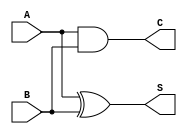
module current_mode_half_adder (
    input  wire A,  // Input current signal A
    input  wire B,  // Input current signal B
    output wire S,  // Output current signal for Sum
    output wire C   // Output current signal for Carry
);

    // Sum (S) Logic: S = A XOR B
    assign S = A ^ B;  // The sum of inputs A and B

    // Carry (C) Logic: C = A AND B
    assign C = A & B;  // The carry-out of the addition

endmodule